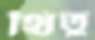
থিতু